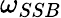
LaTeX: \omega_{SSB}